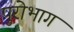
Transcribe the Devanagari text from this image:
पुरोभाग